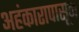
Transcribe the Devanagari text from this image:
अहंकारापासून